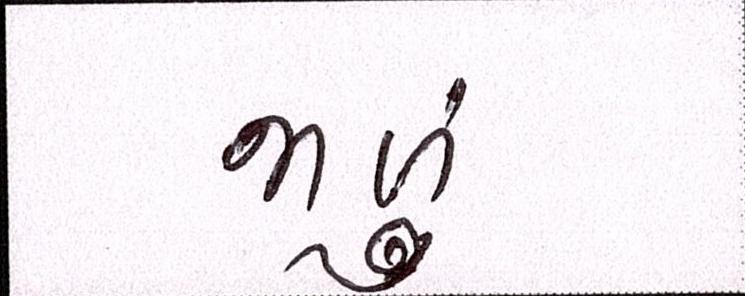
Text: જાળું